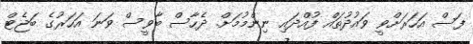
ފަސް އަހަރަށްވީ ވައުދުތައް ފުއްދައި ނިންމުމަށް. ދެހާސް ބާވީސް ވަނަ އަހަރުގެ ބަޖެޓް